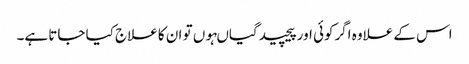
اس کے علاوہ اگرکوئی اور پیچیدگیاںہوں تو ان کا علاج کیا جاتا ہے۔